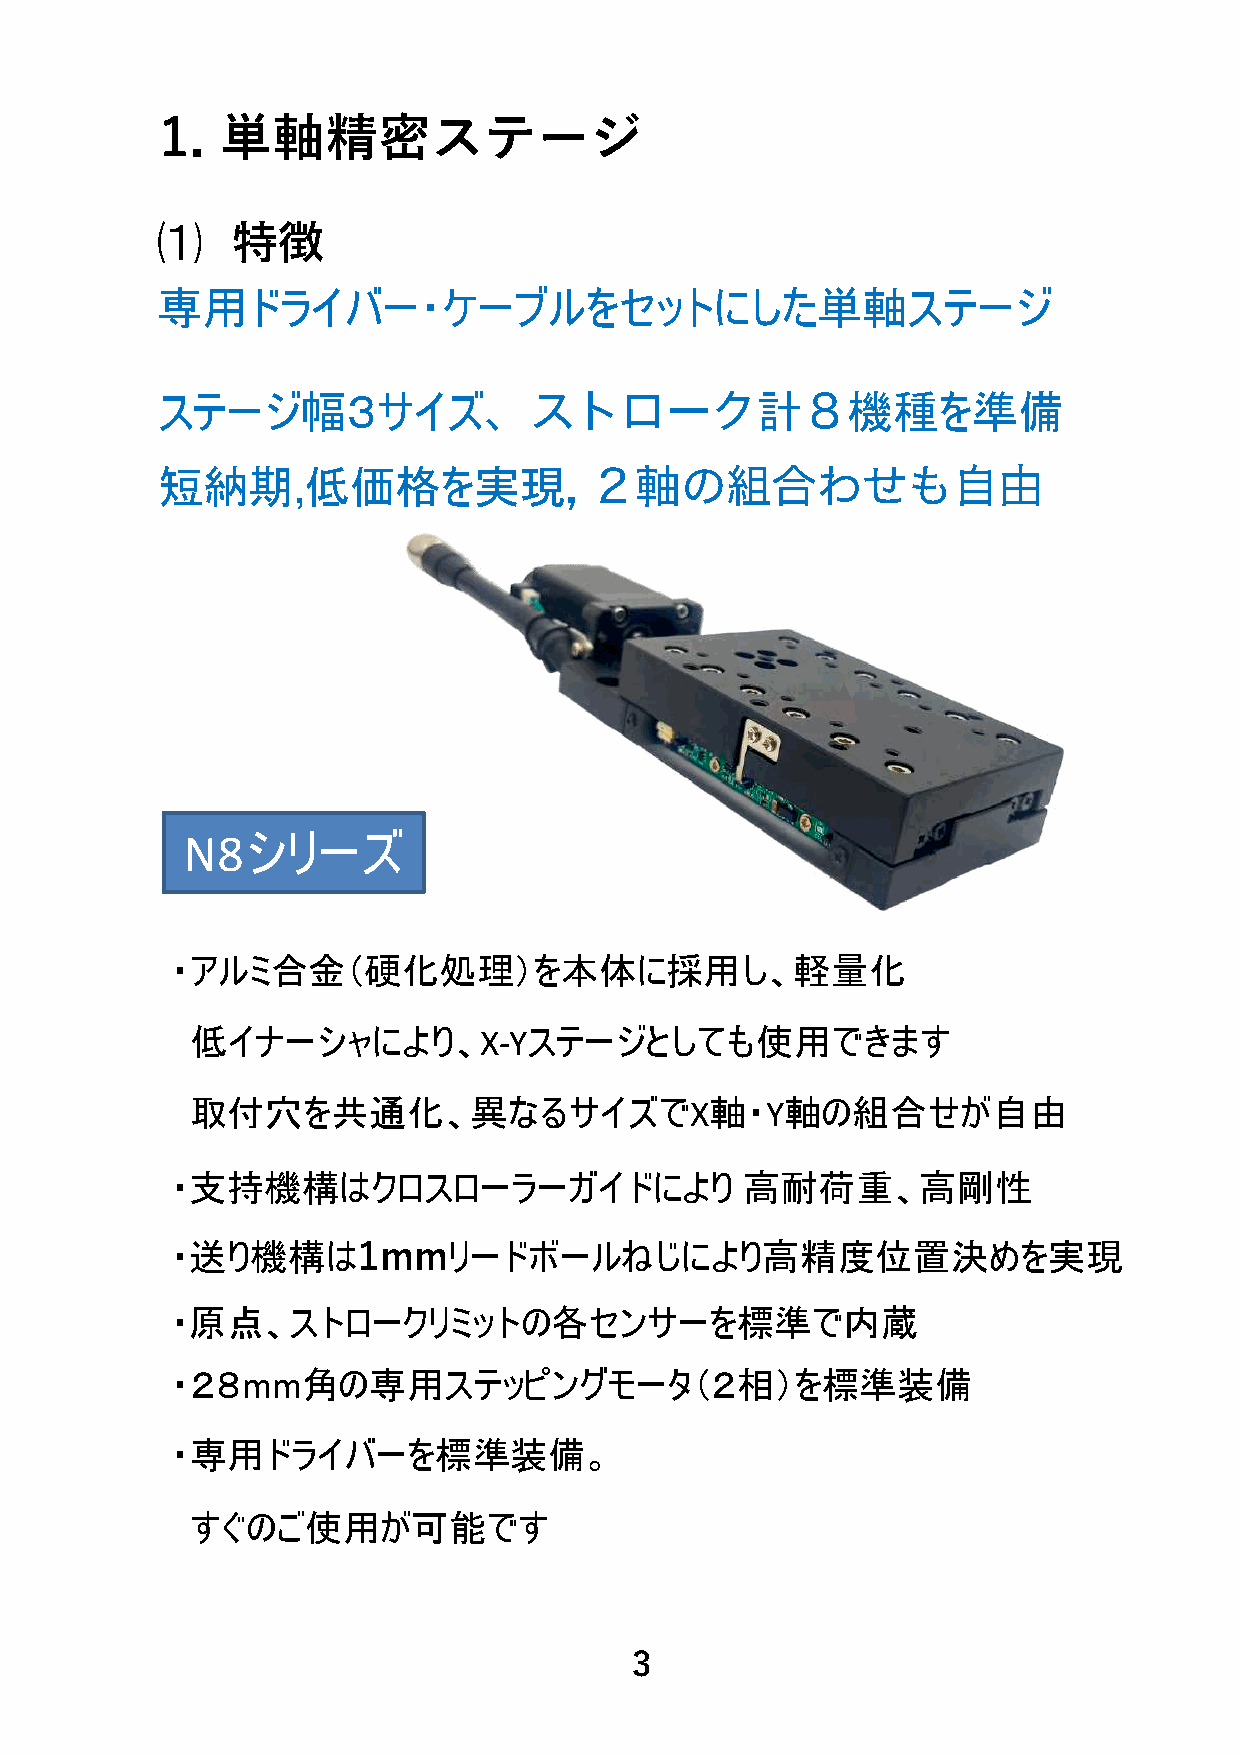
1.  単軸精密ステージ
 ⑴
 特徴
 専用ドライバー・ケーブルをセットにした単軸ステージ
 ステージ幅３サイズ                               計     機種を準備
 、ストローク               ８
 短納期       低価格を実現
 ,                 , ２軸の組合わせも自由
 シリーズ
 N8
 ・アルミ合金（硬化処理）を本体に採用し、軽量化
 低イナーシャにより、X-Yステージとしても使用できます
 取付穴を共通化、異なるサイズでX軸・Y軸の組合せが自由
 ・支持機構はクロスローラーガイドにより                   高耐荷重、高剛性
 ・送り機構は             リードボールねじにより高精度位置決めを実現
 1mm
 ・原点、ストロークリミットの各センサーを標準で内蔵
 ・２８mm角の専用ステッピングモータ（２相）を標準装備
 ・専用ドライバーを標準装備。
 すぐのご使用が可能です
 3